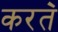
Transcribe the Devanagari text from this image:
करत॓